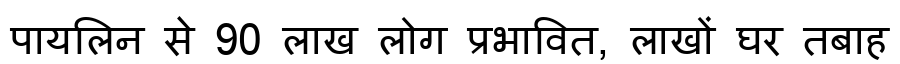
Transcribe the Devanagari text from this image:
पायलिन से 90 लाख लोग प्रभावित, लाखों घर तबाह